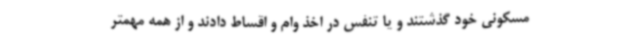
مسکونی خود گذشتند و یا تنفس در اخذ وام و اقساط دادند و از همه مهمتر